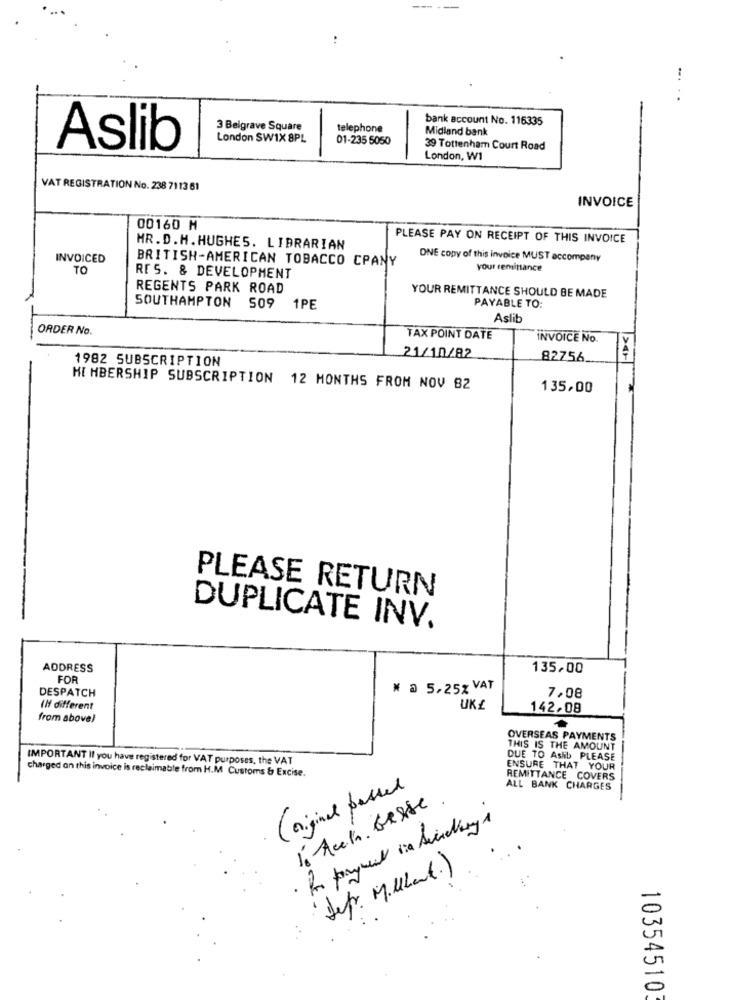
-.
bank account No. 116335
3 Belgrave Square
telephone
Midland bank
London SW1X 8PL
01-235 5050
Aslib
39 Tottenham Court Road
London, W1
VAT REGISTRATION No. 238 7113 61
INVOICE
00160 M
PLEASE PAY ON RECEIPT OF THIS INVOICE
HR.D.H. HUGHES. LIBRARIAN
INVOICED
BRITISH-AMERICAN TOBACCO CPANY
ONE copy of this invoice MUST accompany
TO
your reminance
RES. & DEVELOPMENT
REGENTS PARK ROAD
YOUR REMITTANCE SHOULD BE MADE
SOUTHAMPTON 509
1PE
PAYABLE TO:
Aslib
ORDER No.
TAX POINT DATE
INVOICE No.
21/10/82
1982 SUBSCRIPTION
82756
HE HBERSHIP SUBSCRIPTION 12 MONTHS FROM NOV 82
135,00
PLEASE RETURN
DUPLICATE INV.
ADDRESS
135,00
FOR
* @ 5,25% VAT
DESPATCH
7,08
(Mf different
UK£
142,08
from above)
OVERSEAS PAYMENTS
THIS IS THE AMOUNT
IMPORTANT If you have registered for VAT purposes, the VAT
DUE TO Askb PLEASE
ENSURE THAT YOUR
charged an this invoice is reclaimable from H.M Customs & Excise.
REMITTANCE COVERS
(original passed
ALL BANK CHARGES
1. Ach Gasse .
·Sef. Mulant.)
10354510